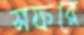
সফরে